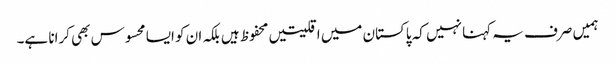
ہمیں صرف یہ کہنا نہیں کہ پاکستان میں اقلیتیں محفوظ ہیں بلکہ ان کو ایسا محسوس بھی کرانا ہے۔